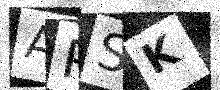
Text: APSK